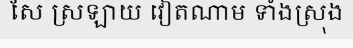
សែ ស្រឡាយ វៀតណាម ទាំងស្រុង